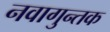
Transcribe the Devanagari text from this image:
नवागुन्तक